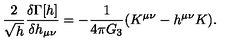
{ \frac { 2 } { \sqrt { h } } } { \frac { \delta \Gamma [ h ] } { \delta h _ { \mu \nu } } } = - { \frac { 1 } { 4 \pi G _ { 3 } } } ( K ^ { \mu \nu } - h ^ { \mu \nu } K ) .